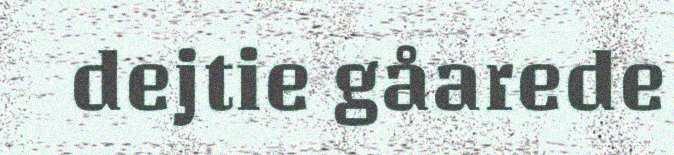
dejtie gåarede